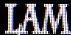
LAM